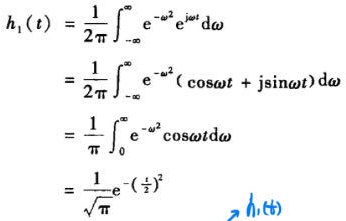
\[
\begin{align*}
h_1(t)&=\frac{1}{2\pi}\int_{-\infty}^{\infty}e^{-\omega^2}e^{j\omega t}d\omega\\
&=\frac{1}{2\pi}\int_{-\infty}^{\infty}e^{-\omega^2}(\cos\omega t + j\sin\omega t)d\omega\\
&=\frac{1}{\pi}\int_{0}^{\infty}e^{-\omega^2}\cos\omega t d\omega\\
&=\frac{1}{\sqrt{\pi}}e^{-(\frac{t}{2})^2}
\end{align*}
\]